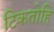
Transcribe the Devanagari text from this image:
टिकतोहि